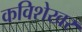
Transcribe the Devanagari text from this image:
कविशेखर